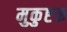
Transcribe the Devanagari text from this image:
मुकुष्टक